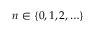
n \in \{ 0 , 1 , 2 , \ldots \}